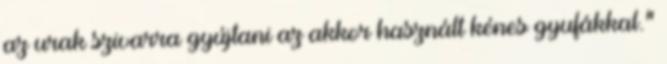
az urak szivarra gyújtani az akkor használt kénes gyufákkal.”